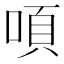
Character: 㖽